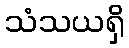
သံသယရှိ